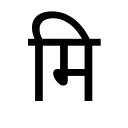
OCR:
मि